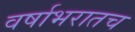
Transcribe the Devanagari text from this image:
वर्षाभरातच